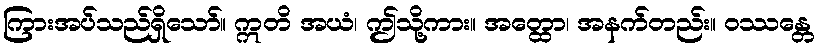
ကြားအပ်သည်ရှိသော်။ ဣတိ အယံ၊ ဤသို့ကား။ အတ္ထော၊ အနက်တည်း။ ဝဿန္တေ